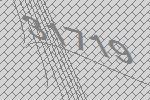
31719